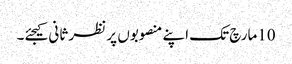
10مارچ تک اپنے منصوبوں پر نظر ثانی کیجئے۔